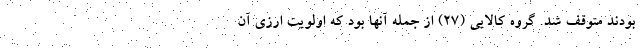
بودند متوقف شد. گروه کالایی (۲۷) از جمله آنها بود که اولویت ارزی آن